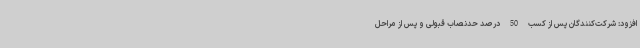
افزود: شرکت‌کنندگان پس از کسب 50 درصد حدنصاب قبولی و پس از مراحل